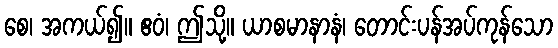
စေ၊ အကယ်၍။ ဧဝံ၊ ဤသို့။ ယာစမာနာနံ၊ တောင်းပန်အပ်ကုန်သော